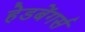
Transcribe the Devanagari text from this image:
हेडबेंगर्स